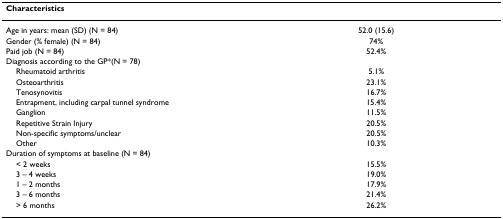
<table><thead><tr><td><b>Characteristics</b></td><td></td></tr></thead><tbody><tr><td>Age in years: mean (SD) (N = 84)</td><td>52.0 (15.6)</td></tr><tr><td>Gender (% female) (N = 84)</td><td>74%</td></tr><tr><td>Paid job (N = 84)</td><td>52.4%</td></tr><tr><td>Diagnosis according to the GP*(N = 78)</td><td></td></tr><tr><td> Rheumatoid arthritis</td><td>5.1%</td></tr><tr><td> Osteoarthritis</td><td>23.1%</td></tr><tr><td> Tenosynovitis</td><td>16.7%</td></tr><tr><td> Entrapment, including carpal tunnel syndrome</td><td>15.4%</td></tr><tr><td> Ganglion</td><td>11.5%</td></tr><tr><td> Repetitive Strain Injury</td><td>20.5%</td></tr><tr><td> Non-specific symptoms/unclear</td><td>20.5%</td></tr><tr><td> Other</td><td>10.3%</td></tr><tr><td>Duration of symptoms at baseline (N = 84)</td><td></td></tr><tr><td> &lt; 2 weeks</td><td>15.5%</td></tr><tr><td> 3 – 4 weeks</td><td>19.0%</td></tr><tr><td> 1 – 2 months</td><td>17.9%</td></tr><tr><td> 3 – 6 months</td><td>21.4%</td></tr><tr><td> &gt; 6 months</td><td>26.2%</td></tr></tbody></table>